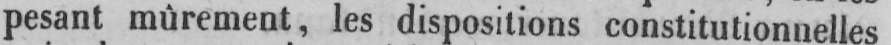
pesant mûrement, les dispositions constitutionnelles